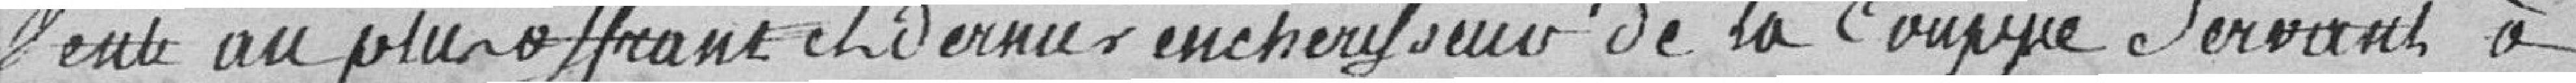
vente au plus offrant et dernier enchérisseur de la    servant à